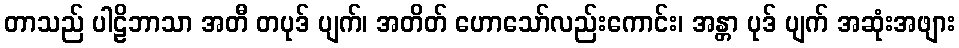
တာသည် ပါဠိဘာသာ အတီ တပုဒ် ပျက်၊ အတိတ် ဟောသော်လည်းကောင်း၊ အန္တာ ပုဒ် ပျက် အဆုံးအဖျား